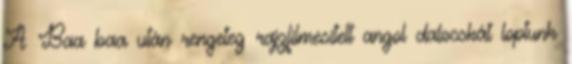
A Baa baa után rengeteg rajzfilmesített angol dalocskát loptunk